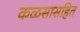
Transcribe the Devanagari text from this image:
कळसासहित